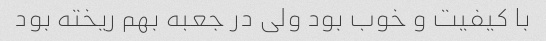
با کیفیت و خوب بود ولی در جعبه بهم ریخته بود